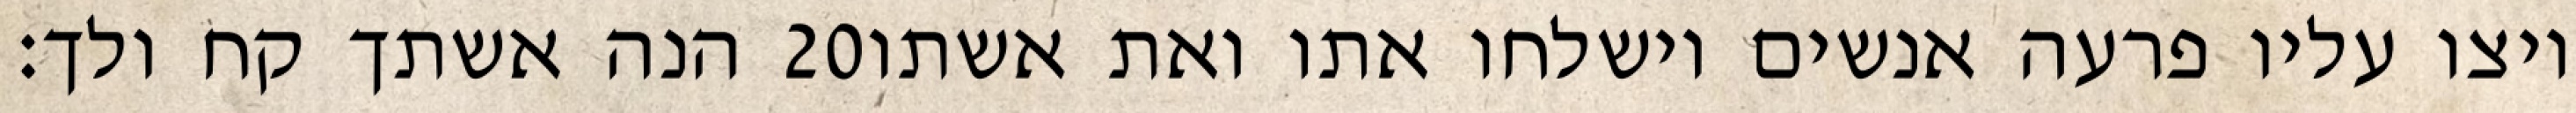
הנה אשתך קח ולך׃ ‎20‏ ויצו עליו פרעה אנשים וישלחו אתו ואת אשתו